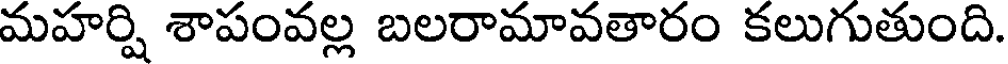
మహర్షి శాపంవల్ల బలరామావతారం కలుగుతుంది.